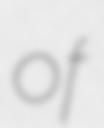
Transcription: of